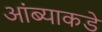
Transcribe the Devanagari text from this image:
आंब्याकडे